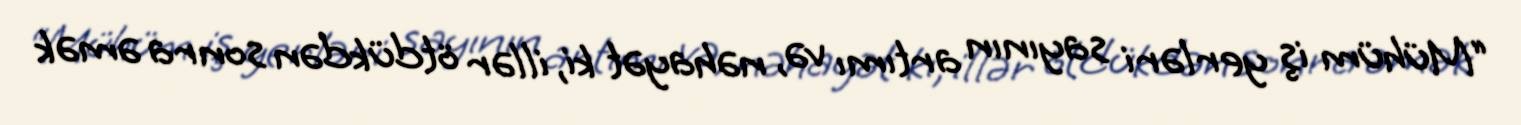
“Mühüm iş yerləri sayının artımı və, nəhayət ki, illər ötdükdən sonra əmək